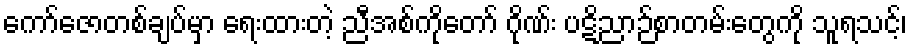
ကော်ဇောတစ်ချပ်မှာ ရေးထားတဲ့ ညီအစ်ကိုတော် ဂိုဏ်း ပဋိညာဉ်စာတမ်းတွေကို သူရသင့်၊